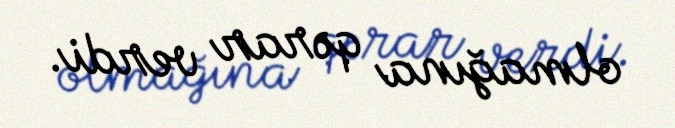
olmağına qərar verdi.